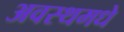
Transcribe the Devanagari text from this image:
अवस्थमधे